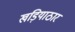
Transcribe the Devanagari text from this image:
खड़ियाठार